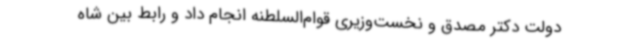
دولت دکتر مصدق و نخست‌وزیری قوام‌السلطنه انجام داد و رابط بین شاه